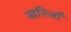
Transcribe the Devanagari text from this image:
खनिजोँ